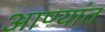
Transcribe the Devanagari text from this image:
आण्यांत